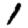
Digit: 1